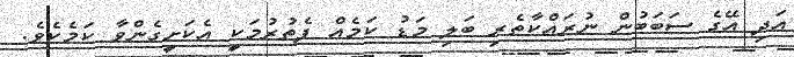
އަދި އޭގެ ސަބަބުން ނުރައްކާތެރި ބަލި މަޑު ކަމެއް ފެތުރުމަކީ އެކަށީގެންވާ ކަމެކެވެ.